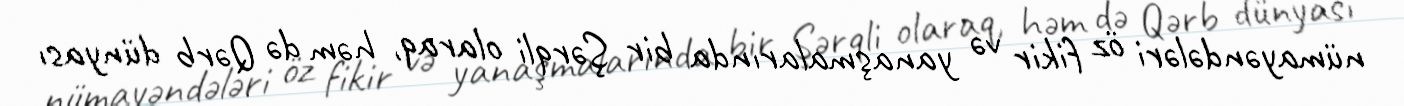
nümayəndələri öz fikir və yanaşmalarında bir Şərqli olaraq, həm də Qərb dünyası